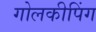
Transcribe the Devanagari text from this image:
गोलकीपिंग